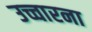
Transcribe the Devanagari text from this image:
उच्चारना